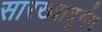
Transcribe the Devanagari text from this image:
सारख्यादुर्गम